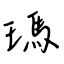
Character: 瑪